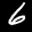
Label: 6